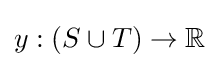
y:(S\cup T)\to \mathbb {R}